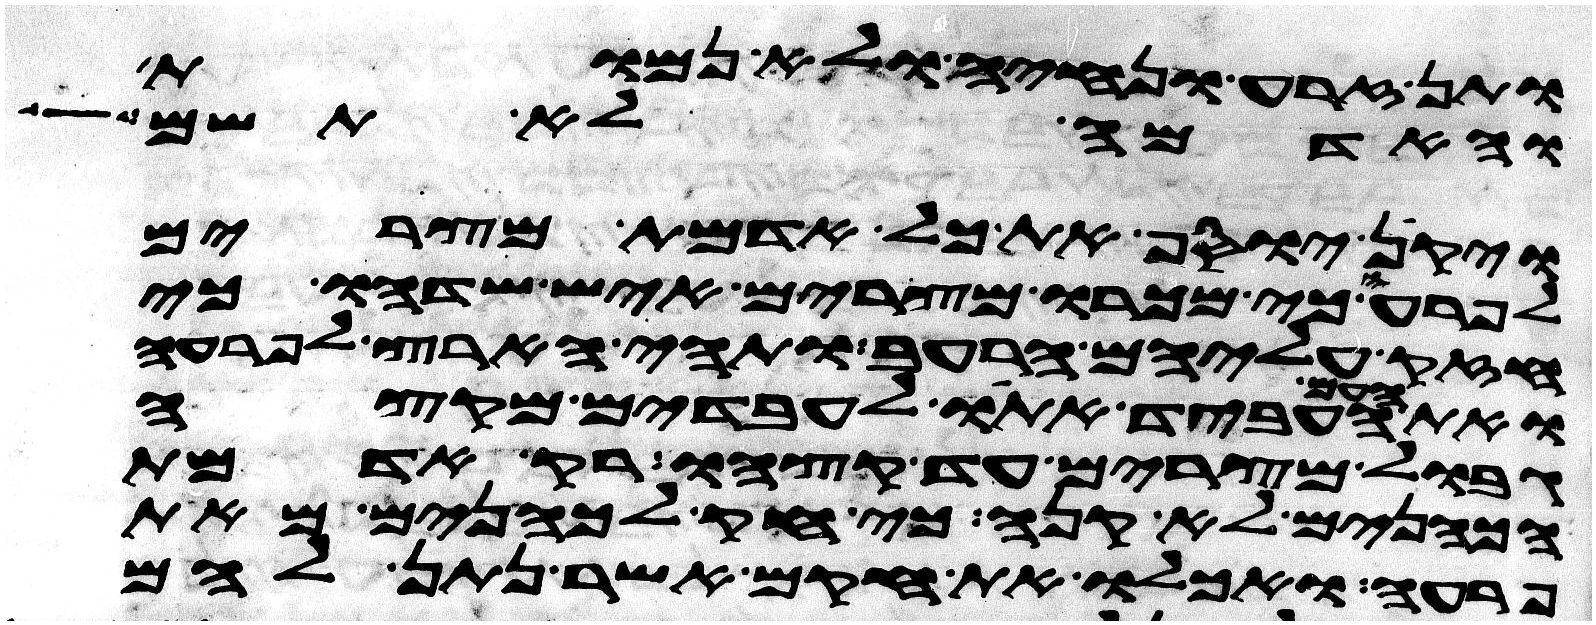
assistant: ותן זרע ונחיה ולא נמות
והאדמה לא תשם
ויקן יוסף את כל אדמת מצרים
לפרעה כי מכרו מצרים איש שדהו כי
חזק עליהם הרעב ותהי הארץ לפרעה
ואת העם העביד אתו לעבדים מקצה
גבול מצרים עד קצהו רק אדמת
הכהנים לא קנה כי חק לכהנים מאת
פרעה ואכלו את חקם אשר נתן להם